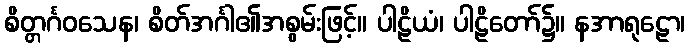
စိတ္တင်္ဂဝသေန၊ စိတ်အင်္ဂါ၏အစွမ်းဖြင့်။ ပါဠိယံ၊ ပါဠိတော်၌။ နအာရုဠော၊